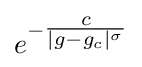
e^{-{\tfrac {c}{|g-g_{c}|^{\sigma }}}}